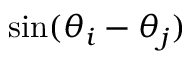
\sin ( \theta _ { i } - \theta _ { j } )